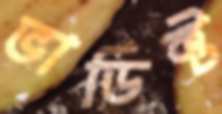
ভার্ডিক্ট